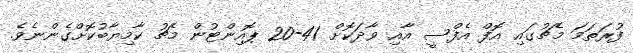
ފުރަތަމަ މެޗުގައި އޮފް އެފްސީ އާއި ވާދަކޮށް 41-20 ޕޮއިންޓުން މެޗު ކާމިޔާބުކޮށްގެންނެވެ.